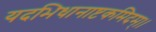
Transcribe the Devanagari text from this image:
यदभिधानाष्टकमिदम्।।